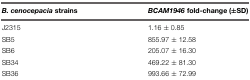
| B. cenocepacia strains | BCAM1946 fold-change (±SD) |
 | --- | --- |
 | J2315 | 1.16 ± 0.85 |
 | SB5 | 855.97 ± 12.58 |
 | SB6 | 205.07 ± 16.30 |
 | SB34 | 469.22 ± 81.30 |
 | SB36 | 993.66 ± 72.99 |